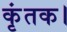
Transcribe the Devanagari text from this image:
कृंतक।